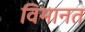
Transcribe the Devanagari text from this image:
विमानत